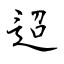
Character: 迢